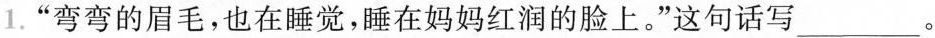
1.”弯弯的眉毛，也在睡觉，睡在妈妈红润的脸上。”这句话写___。